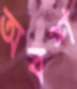
অবশ